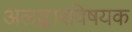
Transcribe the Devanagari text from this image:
अलङ्कारविषयक